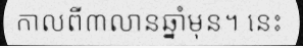
កាលពី៣លានឆ្នាំមុន។ នេះ